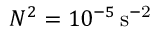
N ^ { 2 } = 1 0 ^ { - 5 } \, \mathrm { { s ^ { - 2 } } }